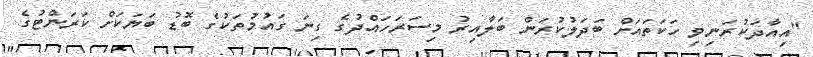
"އިއާދަކުރަނިވި ހަކަތައަށް ބަދަލުކުރަން ބަލާއިރު މިސަރަހައްދުގެ ގިނަ ގައުމުތަކުގެ ބޮޑު ބަޔަކަށް ކަރަންޓުގެ